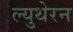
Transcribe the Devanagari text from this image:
ल्युथेरन